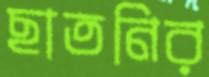
ছাতনির